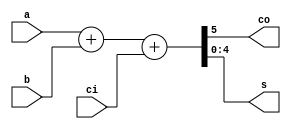
module adder (a, b, ci, co, s);
  input [4:0] a, b;
  input ci;
  output co;
  output [4:0] s;
  
  assign {co, s} = a + b + ci;
  
endmodule